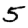
Digit: 5